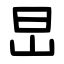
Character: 旵